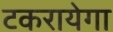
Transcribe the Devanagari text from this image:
टकरायेगा